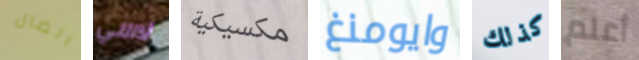
الضال لاسي مكسيكية وايومنغ كذلك أعلم